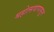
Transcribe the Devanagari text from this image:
महोत्सवापासून